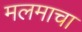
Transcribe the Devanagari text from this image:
मलमाचा